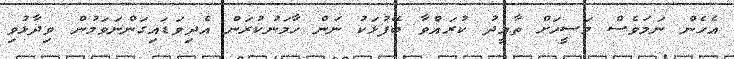
އެހެން ނަމަވެސް މަސީހަށް ތާއީދު ކުރައްވާ ބޭފުޅަކު ނަން ހާމަނުކުރަން އެދިވަޑައިގަންނަވަމުން ވިދާޅުވި